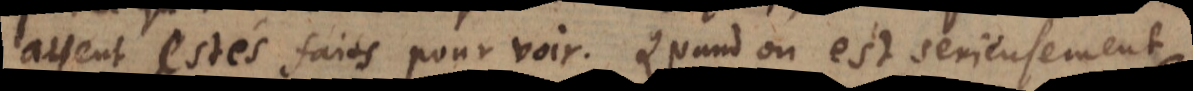
ayent estés faits pour voir. Quand on est serieusement